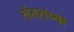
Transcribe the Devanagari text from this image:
संतराच्या